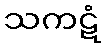
သကဋံ